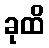
ခုထိ